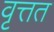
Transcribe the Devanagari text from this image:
वृत्तत